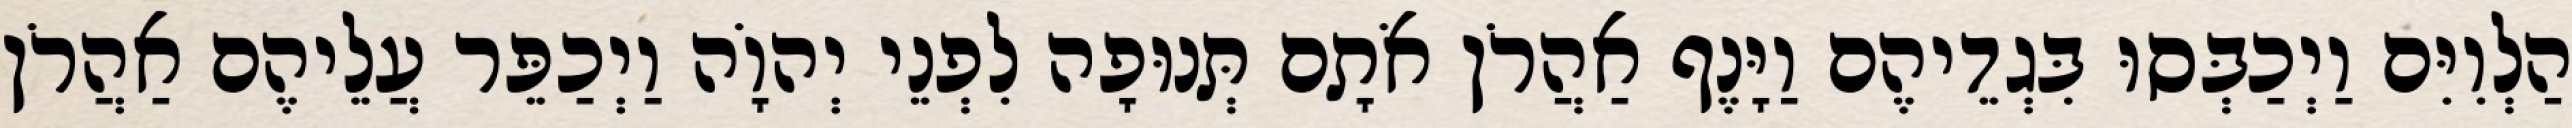
הַלְוִיִּם וַיְכַבְּסוּ בִּגְדֵיהֶם וַיָּנֶף אַהֲרֹן אֹתָם תְּנוּפָה לִפְנֵי יְהוָֹה וַיְכַפֵּר עֲלֵיהֶם אַהֲרֹן